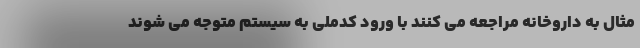
مثال به داروخانه مراجعه می کنند با ورود کدملی به سیستم متوجه می شوند